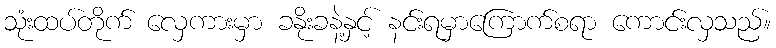
သုံးထပ်တိုက် လှေကားမှာ ခနိုးခနဲ့နှင့် နင်းရမှာကြောက်စရာ ကောင်းလှသည်။